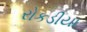
રોકડીયા